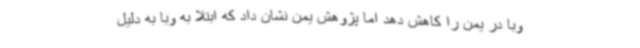
وبا در یمن را کاهش دهد اما پژوهش یمن نشان داد که ابتلا به وبا به دلیل